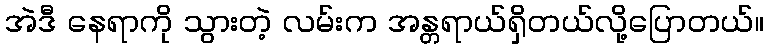
အဲဒီ နေရာကို သွားတဲ့ လမ်းက အန္တရာယ်ရှိတယ်လို့ပြောတယ်။